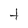
Character: t